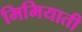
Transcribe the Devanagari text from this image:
मिमियाती